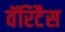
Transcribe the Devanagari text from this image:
वॅरिटैस